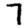
Digit: 7